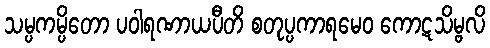
သမ္ပကမ္ပိတော ပဝါရဏာယပီတိ စတုပ္ပကာရမေဝ ကောဋသိမ္ဗလိ